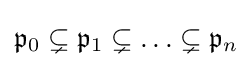
{\mathfrak {p}}_{0}\subsetneq {\mathfrak {p}}_{1}\subsetneq \ldots \subsetneq {\mathfrak {p}}_{n}